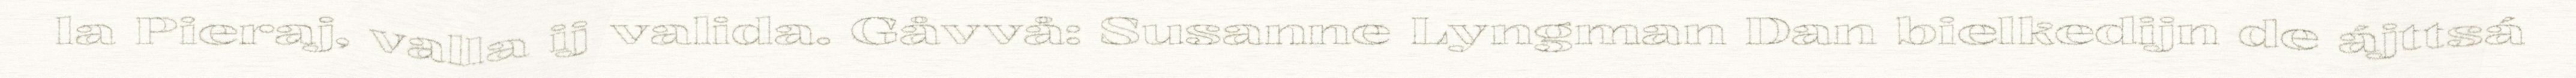
la Pieraj, valla ij valida. Gåvvå: Susanne Lyngman Dan bielkedijn de ájttsá